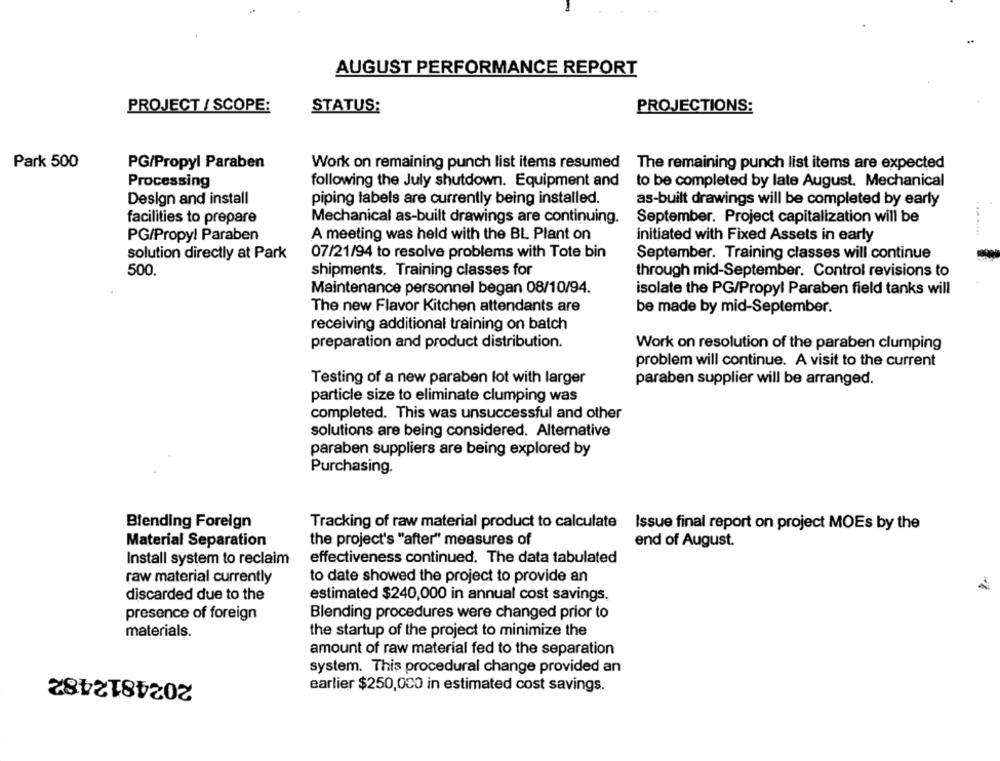
AUGUST PERFORMANCE REPORT
PROJECT / SCOPE:
STATUS:
PROJECTIONS:
Park 500
PG/Propyl Paraben
Work on remaining punch list items resumed The remaining punch list items are expected
following the July shutdown. Equipment and
Processing
to be completed by late August. Mechanical
Design and install
piping labels are currently being installed.
as-built drawings will be completed by early
facilities to prepare
Mechanical as-built drawings are continuing.
September. Project capitalization will be
A meeting was held with the BL Plant on
PG/Propyl Paraben
initiated with Fixed Assets in early
solution directly at Park
07/21/94 to resolve problems with Tote bin
September. Training classes will continue
500.
shipments, Training classes for
through mid-September. Control revisions to
Maintenance personnel began 08/10/94.
isolate the PG/Propyl Paraben field tanks will
The new Flavor Kitchen attendants are
be made by mid-September.
receiving additional training on batch
preparation and product distribution.
Work on resolution of the paraben clumping
problem will continue. A visit to the current
Testing of a new paraben lot with larger
paraben supplier will be arranged.
particle size to eliminate clumping was
completed. This was unsuccessful and other
solutions are being considered. Alternative
paraben suppliers are being explored by
Purchasing.
Blending Foreign
Tracking of raw material product to calculate Issue final report on project MOEs by the
Material Separation
the project's "after" measures of
end of August.
Install system to reclaim
effectiveness continued. The data tabulated
raw material currently
to date showed the project to provide an
discarded due to the
estimated $240,000 in annual cost savings.
presence of foreign
Blending procedures were changed prior to
materials.
the startup of the project to minimize the
amount of raw material fed to the separation
2024812482
system. This procedural change provided an
earlier $250,000 in estimated cost savings.